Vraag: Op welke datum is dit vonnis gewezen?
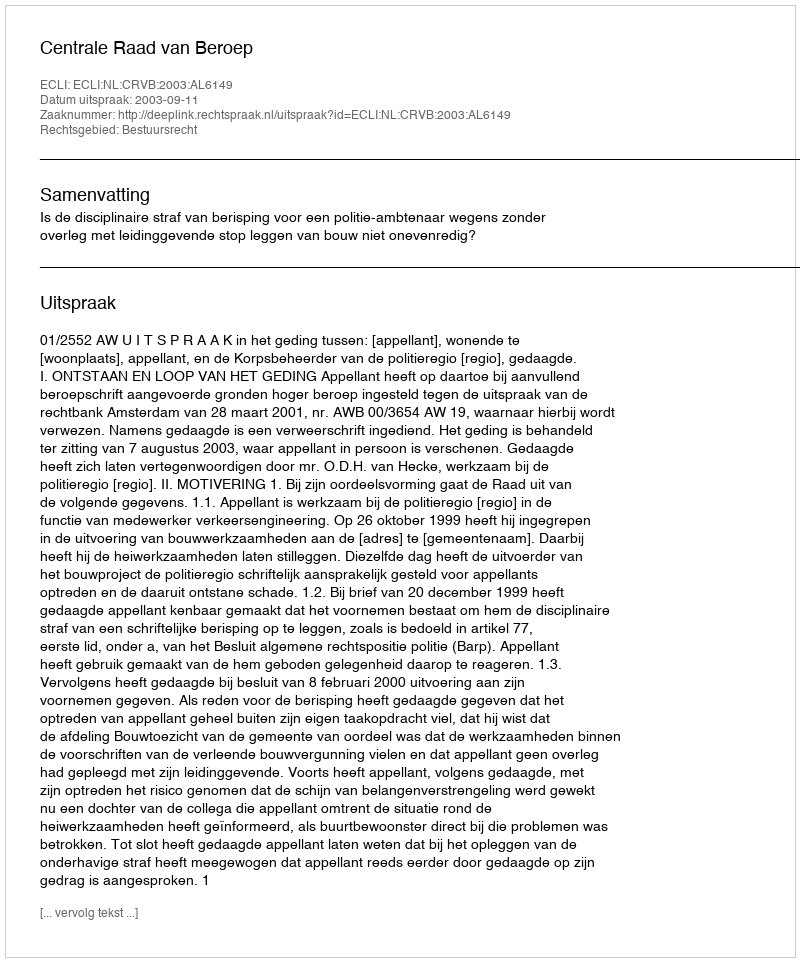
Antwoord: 2003-09-11